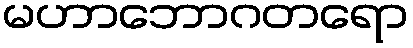
မဟာဘောဂတရော